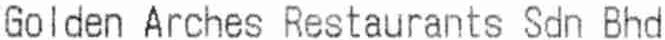
GOLDEN ARCHES RESTAURANTS SDN BHD